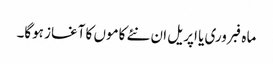
ماہ فبروری یا اپریل ان نئے کاموں کا آغاز ہوگا۔